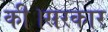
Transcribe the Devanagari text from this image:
की।सरकार